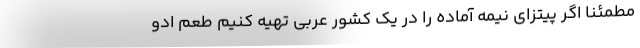
مطمئنا اگر پیتزای نیمه آماده را در یک کشور عربی تهیه کنیم طعم ادو